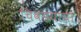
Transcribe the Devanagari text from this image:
चिवडयाचा